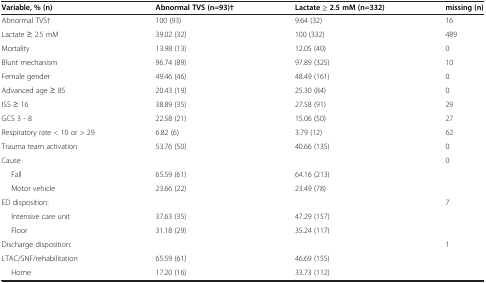
| Variable, % (n) | Abnormal TVS (n=93)† | Lactate ≥ 2.5 mM (n=332) | missing (n) |
 | --- | --- | --- | --- |
 | Abnormal TVS† | 100 (93) | 9.64 (32) | 16 |
 | Lactate ≥ 2.5 mM | 39.02 (32) | 100 (332) | 489 |
 | Mortality | 13.98 (13) | 12.05 (40) | 0 |
 | Blunt mechanism | 96.74 (89) | 97.89 (325) | 10 |
 | Female gender | 49.46 (46) | 48.49 (161) | 0 |
 | Advanced age ≥ 85 | 20.43 (19) | 25.30 (84) | 0 |
 | ISS ≥ 16 | 38.89 (35) | 27.58 (91) | 29 |
 | GCS 3 - 8 | 22.58 (21) | 15.06 (50) | 27 |
 | Respiratory rate < 10 or > 29 | 6.82 (6) | 3.79 (12) | 62 |
 | Trauma team activation | 53.76 (50) | 40.66 (135) | 0 |
 | Cause |  |  | 0 |
 | Fall | 65.59 (61) | 64.16 (213) |  |
 | Motor vehicle | 23.66 (22) | 23.49 (78) |  |
 | ED disposition: |  |  | 7 |
 | Intensive care unit | 37.63 (35) | 47.29 (157) |  |
 | Floor | 31.18 (29) | 35.24 (117) |  |
 | Discharge disposition: |  |  | 1 |
 | LTAC/SNF/rehabilitation | 65.59 (61) | 46.69 (155) |  |
 | Home | 17.20 (16) | 33.73 (112) |  |